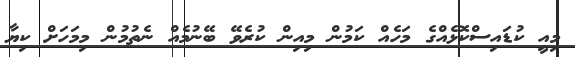
މިއީ ކުޑައިސްކޮޅެއްގެ މަހެއް ކަމުން މިއިން ކުރެވޭ ބޭނުމެއް ނެތުމުން މިމަހަށް ކިޔާ